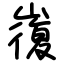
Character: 㠅